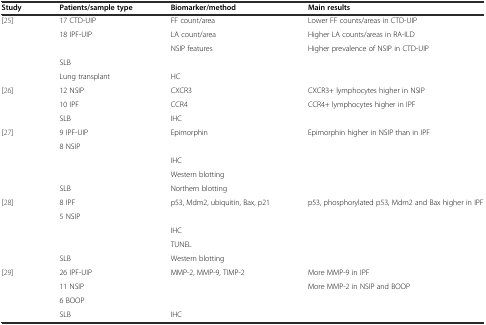
<table><thead><tr><td><b>Study</b></td><td><b>Patients/sample type</b></td><td><b>Biomarker/method</b></td><td><b>Main results</b></td></tr></thead><tbody><tr><td rowspan="5">[25]</td><td>17 CTD-UIP</td><td>FF count/area</td><td>Lower FF counts/areas in CTD-UIP</td></tr><tr><td>18 IPF-UIP</td><td>LA count/area</td><td>Higher LA counts/areas in RA-ILD</td></tr><tr><td></td><td>NSIP features</td><td rowspan="3">Higher prevalence of NSIP in CTD-UIP</td></tr><tr><td>SLB</td><td></td></tr><tr><td>Lung transplant</td><td>HC</td></tr><tr><td rowspan="3">[26]</td><td>12 NSIP</td><td>CXCR3</td><td>CXCR3+ lymphocytes higher in NSIP</td></tr><tr><td>10 IPF</td><td>CCR4</td><td rowspan="2">CCR4+ lymphocytes higher in IPF</td></tr><tr><td>SLB</td><td>IHC</td></tr><tr><td rowspan="5">[27]</td><td>9 IPF-UIP</td><td>Epimorphin</td><td rowspan="5">Epimorphin higher in NSIP than in IPF</td></tr><tr><td>8 NSIP</td><td></td></tr><tr><td></td><td>IHC</td></tr><tr><td></td><td>Western blotting</td></tr><tr><td>SLB</td><td>Northern blotting</td></tr><tr><td rowspan="5">[28]</td><td>8 IPF</td><td>p53, Mdm2, ubiquitin, Bax, p21</td><td rowspan="5">p53, phosphorylated p53, Mdm2 and Bax higher in IPF</td></tr><tr><td>5 NSIP</td><td></td></tr><tr><td></td><td>IHC</td></tr><tr><td></td><td>TUNEL</td></tr><tr><td>SLB</td><td>Western blotting</td></tr><tr><td rowspan="4">[29]</td><td>26 IPF-UIP</td><td>MMP-2, MMP-9, TIMP-2</td><td>More MMP-9 in IPF</td></tr><tr><td>11 NSIP</td><td></td><td rowspan="3">More MMP-2 in NSIP and BOOP</td></tr><tr><td>6 BOOP</td><td></td></tr><tr><td>SLB</td><td>IHC</td></tr></tbody></table>